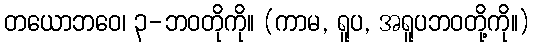
တယောဘဝေ၊ ၃-ဘဝတိုကို။ (ကာမ, ရူပ, အရူပဘဝတို့ကို။)